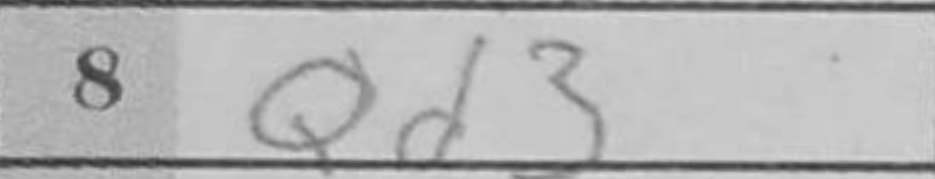
Transcription: Qd3